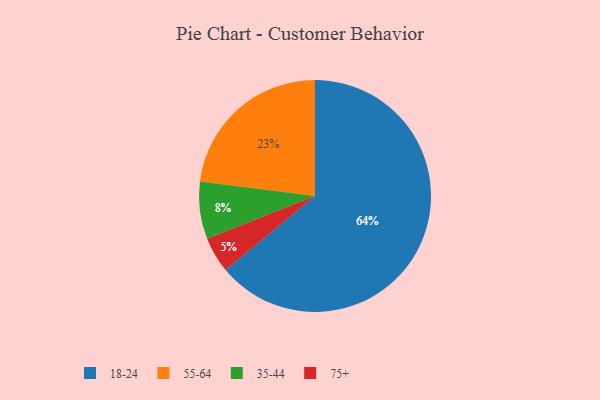
{"axis": {"x": "Category", "y": "Percentage"}, "legend": ["18-24", "35-44", "55-64", "75+"], "data": [{"x": "35-44", "y": 8, "type": "35-44"}, {"x": "18-24", "y": 64, "type": "18-24"}, {"x": "75+", "y": 5, "type": "75+"}, {"x": "55-64", "y": 23, "type": "55-64"}]}